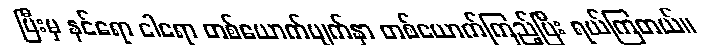
ပြီးမှ နင်ရော ငါရော တစ်ယောက်မျက်နှာ တစ်ယောက်ကြည့်ပြီး ရယ်ကြတယ်။